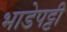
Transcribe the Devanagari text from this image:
भाडेपट्टी